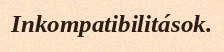
Inkompatibilitások.